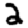
Digit: 2